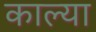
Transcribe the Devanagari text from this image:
काल्या